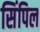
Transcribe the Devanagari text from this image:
सिंपिल